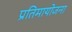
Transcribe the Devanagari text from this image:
प्रतिमायोजना